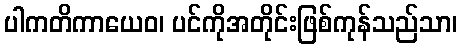
ပါကတိကာယေဝ၊ ပင်ကိုအတိုင်းဖြစ်ကုန်သည်သာ၊